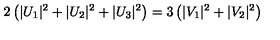
2 \left( | U _ { 1 } | ^ { 2 } + | U _ { 2 } | ^ { 2 } + | U _ { 3 } | ^ { 2 } \right) = 3 \left( | V _ { 1 } | ^ { 2 } + | V _ { 2 } | ^ { 2 } \right)